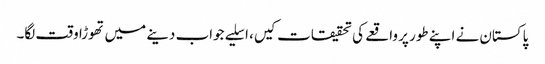
پاکستان نے اپنے طور پر واقعے کی تحقیقات کیں، اسلیے جواب دینے میں تھوڑا وقت لگا۔